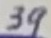
Text: 39